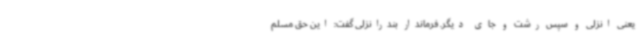
یعنی انزلی و سپس رشت و جای دیگر. فرماندار بندرانزلی گفت: این حق مسلم